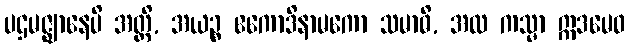
ပဌမဇ္ဈာနေပိ အတ္ထိ, အယဉ္စ ဧကောဒိနာမကော သမာဓိ, အထ ကသ္မာ ဣဒမေဝ